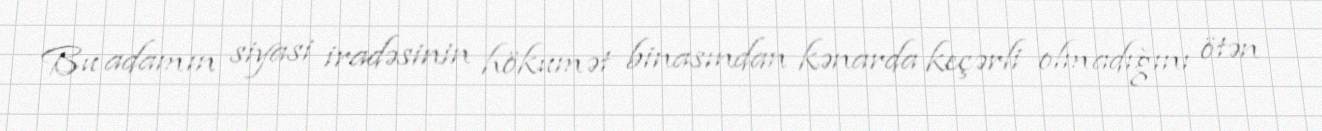
Bu adamın siyasi iradəsinin hökumət binasından kənarda keçərli olmadığını ötən